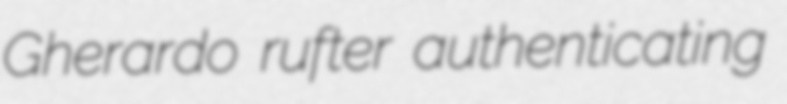
Gherardo rufter authenticating